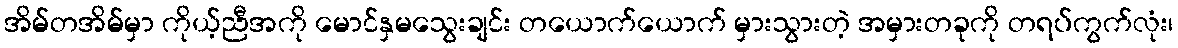
အိမ်တအိမ်မှာ ကိုယ့်ညီအကို မောင်နှမသွေးချင်း တယောက်ယောက် မှားသွားတဲ့ အမှားတခုကို တရပ်ကွက်လုံး၊